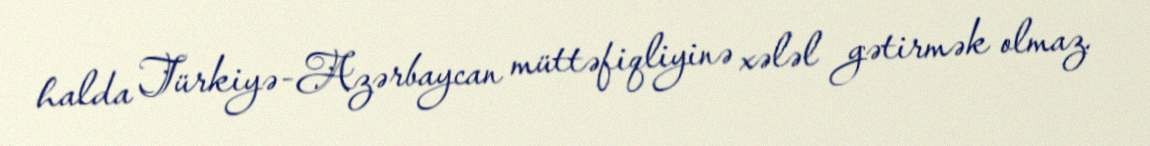
halda Türkiyə-Azərbaycan müttəfiqliyinə xələl gətirmək olmaz.